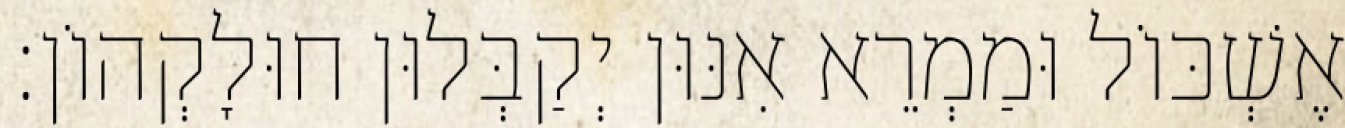
אֶשְׁכּוֹל וּמַמְרֵא אִנּוּן יְקַבְּלוּן חוּלָקְהוֹן׃